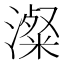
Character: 澯